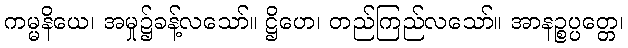
ကမ္မနိယေ၊ အမှု၌ခန့်လသော်။ ဋ္ဌိဟေ၊ တည်ကြည်လသော်။ အာနဉ္စပ္ပတ္တေ၊